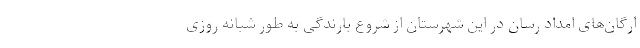
ارگان‌های امداد رسان در این شهرستان از شروع بارندگی به طور شبانه روزی